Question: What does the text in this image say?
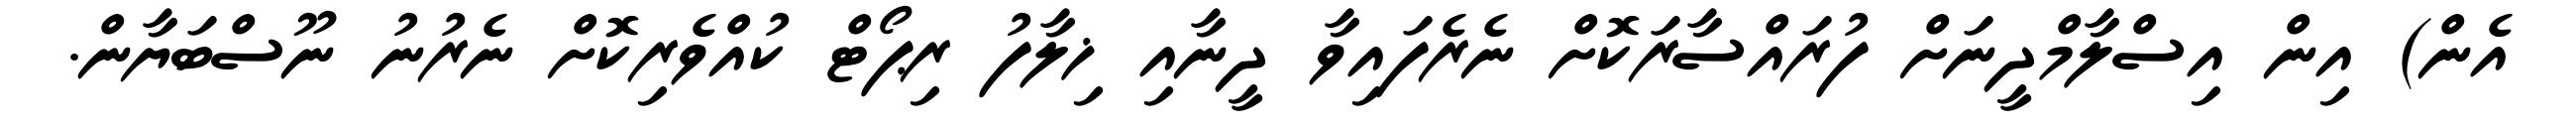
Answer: އެން) އިން އިސްލާމްދީނަށް ފުރައްސާރަކޮށް ނެރެފައިވާ ދީނާއި ޚިލާފު ރިޕޯޓް ކުއްވެރިކޮށް ނެރުނު ނޫސްބަޔާން.